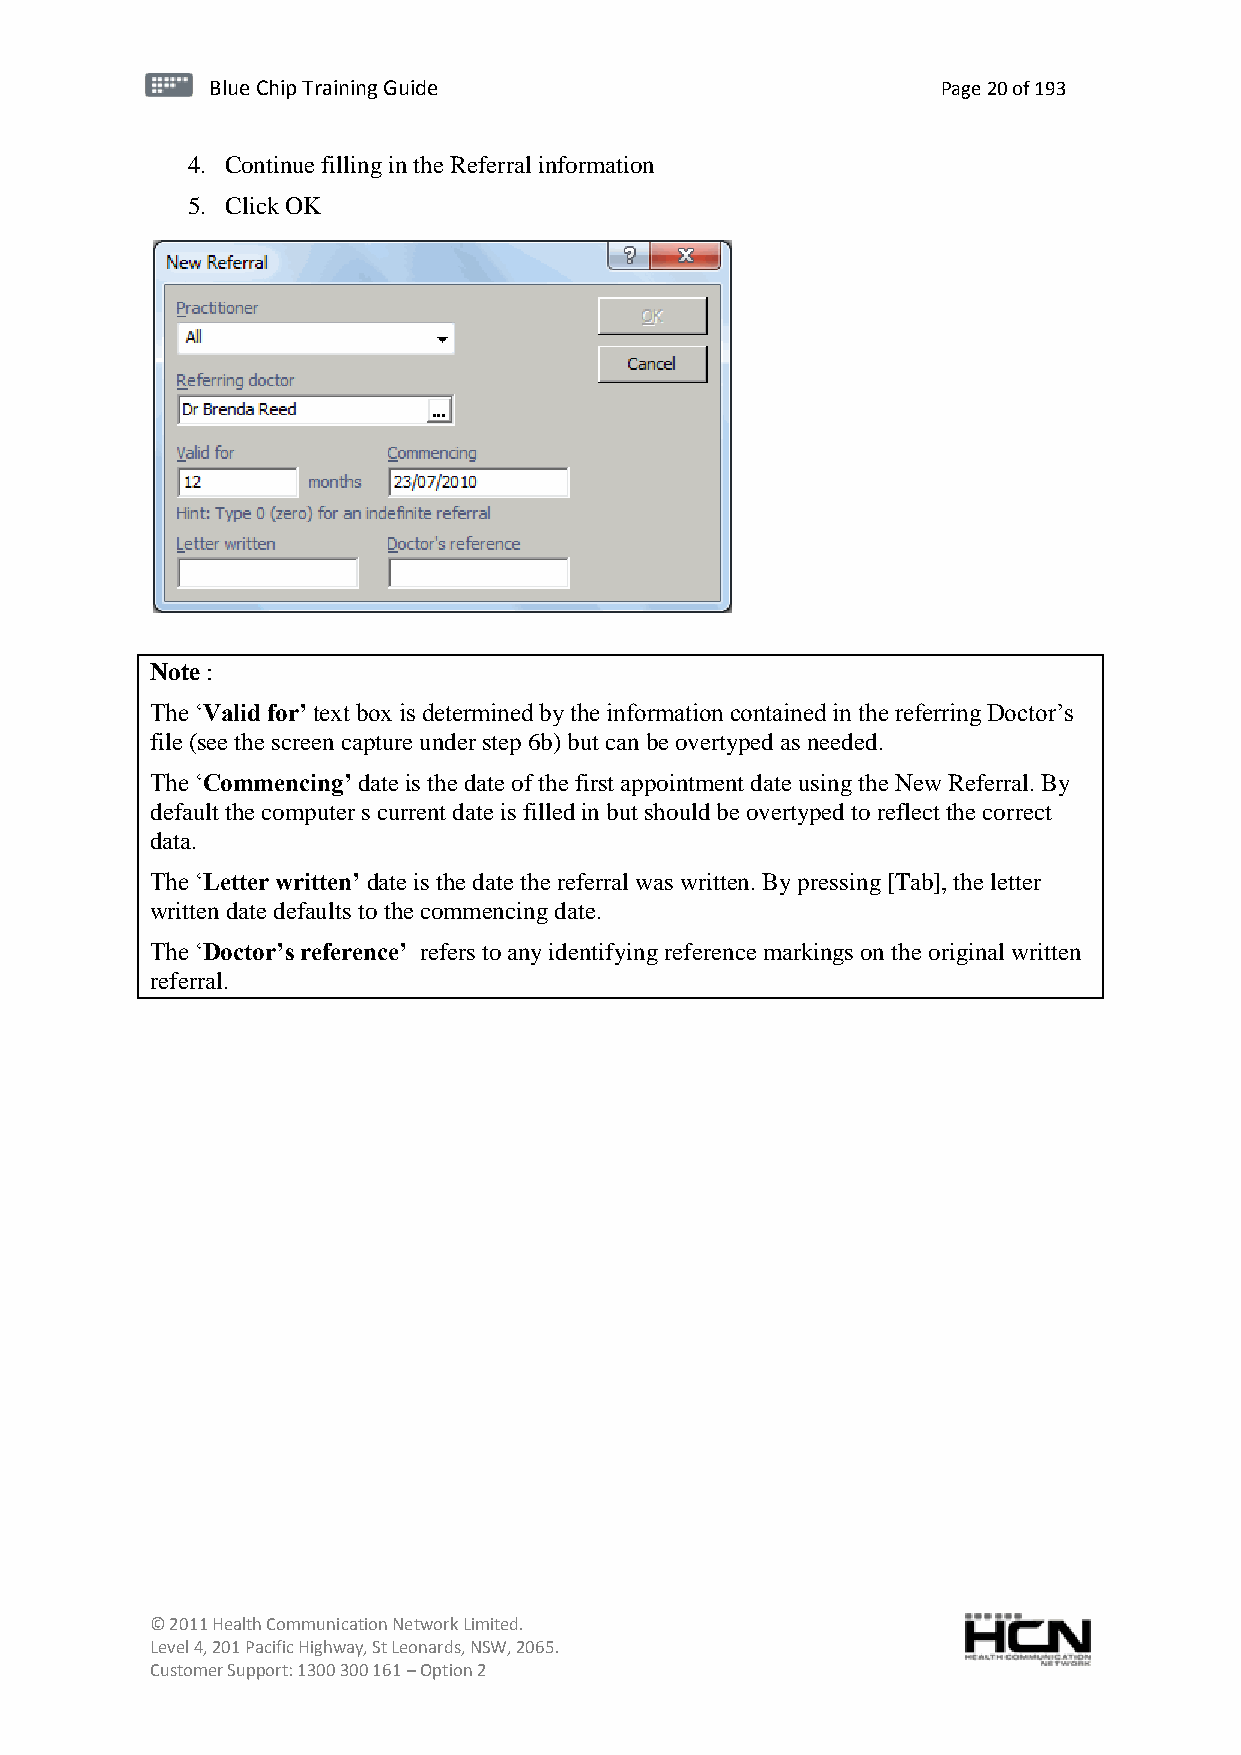
BBlluuee C Chihpi pTr Tairnainingi Gnugi dGeu ide Page 20 of 193
 4. Continue filling in the Referral information
 5. Click OK
 Note :
 The ‘Valid for’ text box is determined by the information contained in the referring Doctor’s
 file (see the screen capture under step 6b) but can be overtyped as needed.
 The ‘Commencing’ date is the date of the first appointment date using the New Referral. By
 default the computer s current date is filled in but should be overtyped to reflect the correct
 data.
 The ‘Letter written’ date is the date the referral was written. By pressing [Tab], the letter
 written date defaults to the commencing date.
 The ‘Doctor’s reference’ refers to any identifying reference markings on the original written
 referral.
 © 2011 Health Communication Network Limited.
 Level 4, 201 Pacific Highway, St Leonards, NSW, 2065.
 Customer Support: 1300 300 161 – Option 2